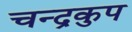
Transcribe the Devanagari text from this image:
चन्द्रकुप